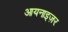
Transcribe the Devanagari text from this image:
आयनाइज़र